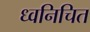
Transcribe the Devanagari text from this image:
ध्वनिचित